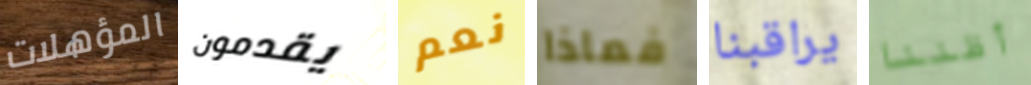
المؤهلات يقدمون نعم فماذا يراقبنا أظننا